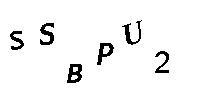
SSBPU2